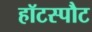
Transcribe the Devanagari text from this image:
हॉटस्‍पौट